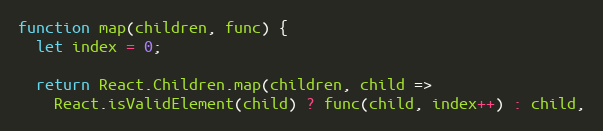
Language: JavaScript
function map(children, func) {
  let index = 0;

  return React.Children.map(children, child =>
    React.isValidElement(child) ? func(child, index++) : child,